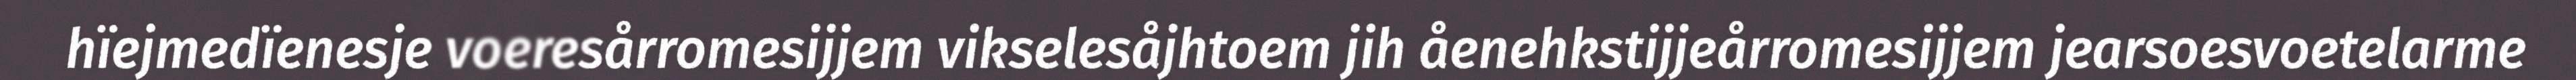
hïejmedïenesje voeresårromesijjem vikselesåjhtoem jih åenehkstijjeårromesijjem jearsoesvoetelarme